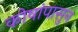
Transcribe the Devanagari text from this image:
कोषांपासुन